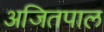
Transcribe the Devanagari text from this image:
अजितपाल